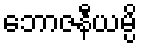
ဘောဇနီယမ္ပိ